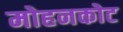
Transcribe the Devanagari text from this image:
मोहनकोट